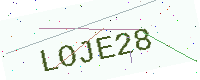
Text: LOJE28